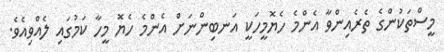
މީސްތަކުންގެ ތެރެއިންވާ އެންމެ ހެޔޮމީހަކީ އަނބިންނަށް އެންމެ ހެޔޮ މީހާ ކަމުގައި ލެއްވިއެވެ.